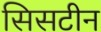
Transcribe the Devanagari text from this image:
सिसटीन